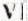
VI